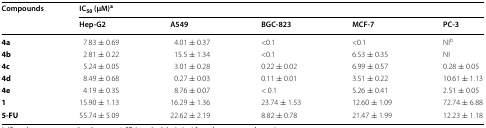
<table><thead><tr><td rowspan="2"><b>Compounds</b></td><td colspan="5"><b>IC<sub>50</sub> (μM)<sup>a</sup></b></td></tr><tr><td><b>Hep-G2</b></td><td><b>A549</b></td><td><b>BGC-823</b></td><td><b>MCF-7</b></td><td><b>PC-3</b></td></tr></thead><tbody><tr><td><b>4a</b></td><td>7.83 ± 0.69</td><td>4.01 ± 0.37</td><td>&lt;0.1</td><td>&lt;0.1</td><td>NI<sup>b</sup></td></tr><tr><td><b>4b</b></td><td>2.81 ± 0.22</td><td>15.5 ± 1.34</td><td>&lt;0.1</td><td>6.53 ± 0.35</td><td>NI</td></tr><tr><td><b>4c</b></td><td>5.24 ± 0.05</td><td>3.01 ± 0.28</td><td>0.22 ± 0.02</td><td>6.99 ± 0.57</td><td>0.28 ± 0.05</td></tr><tr><td><b>4d</b></td><td>8.49 ± 0.68</td><td>0.27 ± 0.03</td><td>0.11 ± 0.01</td><td>3.51 ± 0.22</td><td>10.61 ± 1.13</td></tr><tr><td><b>4e</b></td><td>4.19 ± 0.35</td><td>8.76 ± 0.07</td><td>&lt; 0.1</td><td>5.26 ± 0.41</td><td>2.51 ± 0.05</td></tr><tr><td><b>1</b></td><td>15.90 ± 1.13</td><td>16.29 ± 1.36</td><td>23.74 ± 1.53</td><td>12.60 ± 1.09</td><td>72.74 ± 6.88</td></tr><tr><td><b>5-FU</b></td><td>55.74 ± 5.09</td><td>22.62 ± 2.19</td><td>8.82 ± 0.78</td><td>21.47 ± 1.99</td><td>12.23 ± 1.18</td></tr></tbody></table>